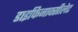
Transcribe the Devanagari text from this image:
डाइफिनाक्सीलेट